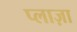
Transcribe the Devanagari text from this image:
प्‍लाज़ा